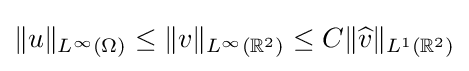
\|u\|_{L^{\infty }(\Omega )}\leq \|v\|_{L^{\infty }(\mathbb {R} ^{2})}\leq C\|{\widehat {v}}\|_{L^{1}(\mathbb {R} ^{2})}